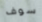
سوف